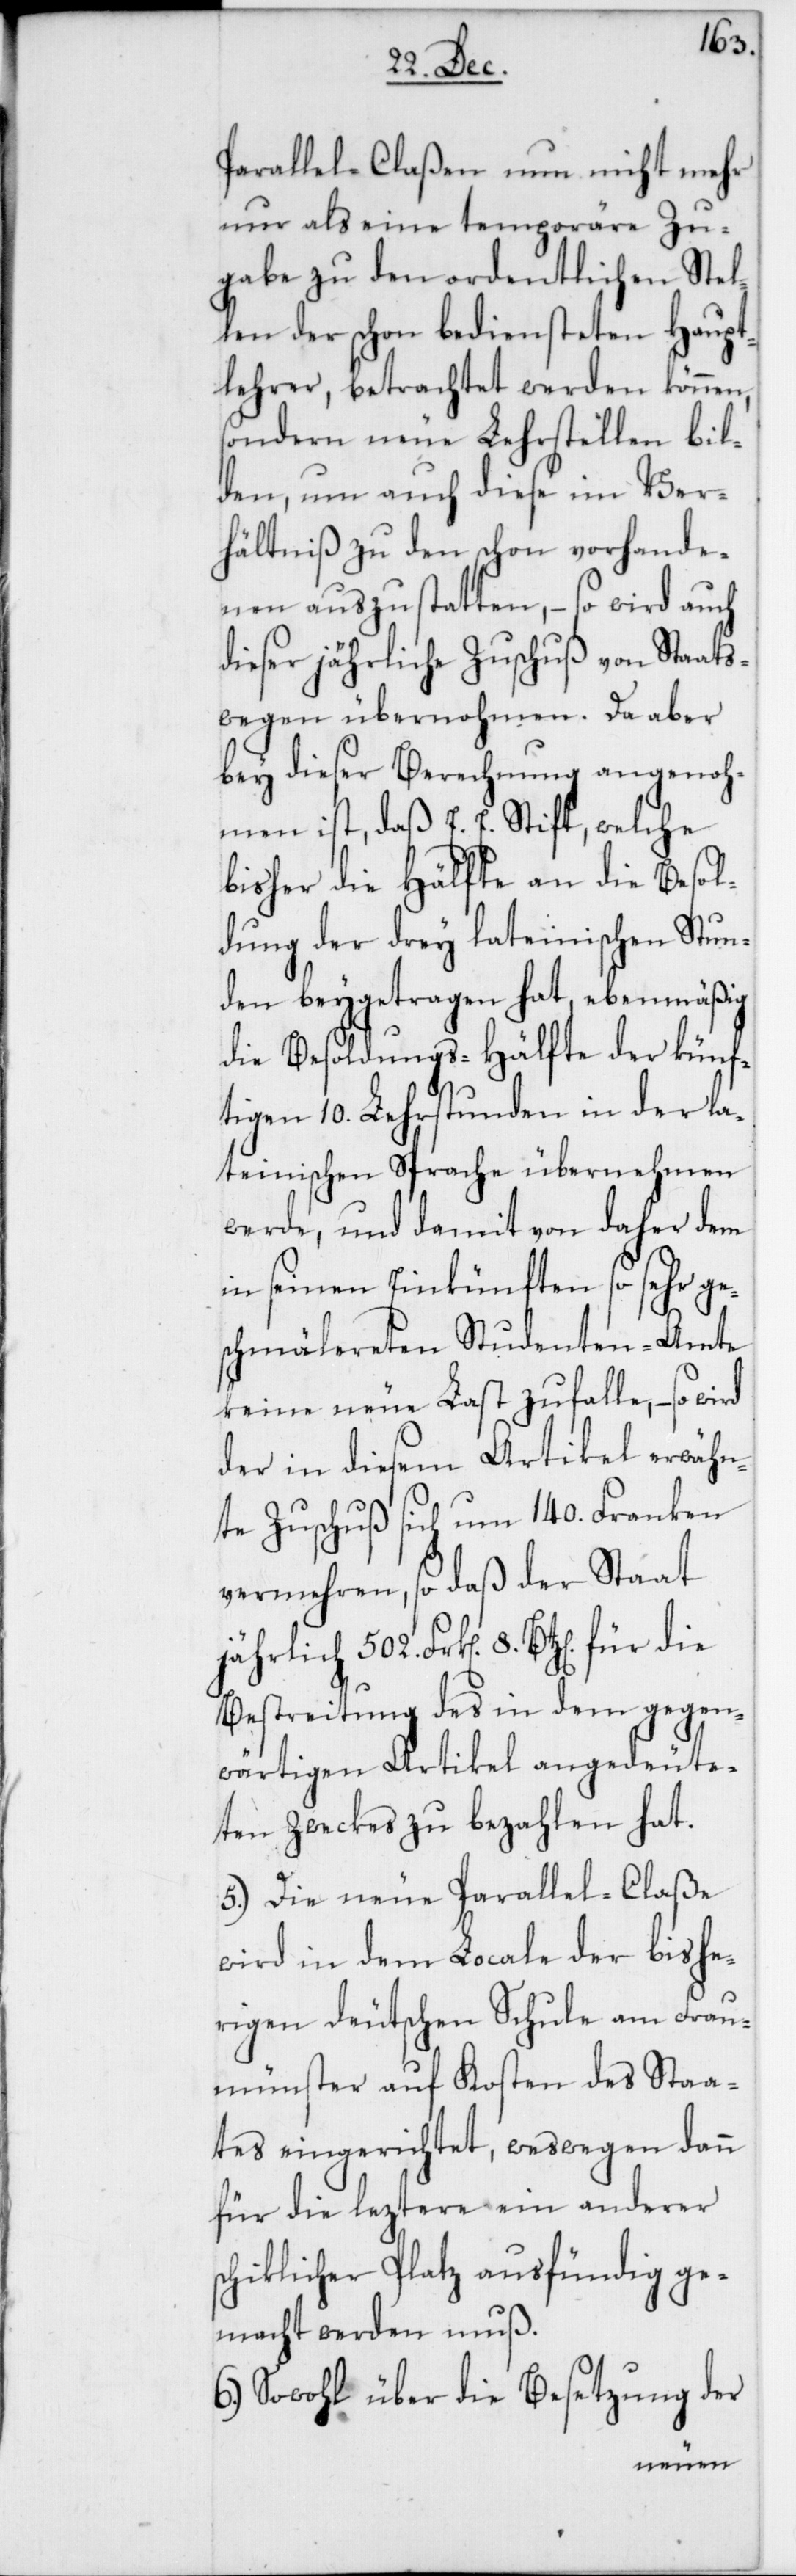
Parallel-Claßen nun nicht mehr
nur als eine temporäre Zu¬
gabe zu den ordentlichen Stel¬
len der schon bediensteten Haupt¬
lehrer, betrachtet werden können,
sondern neue Lehrstellen bil¬
den, um auch diese im Ver¬
hältniß zu den schon vorhande¬
nen auszustatten, – so wird auch
dieser jährliche Zuschuß von Staats¬
wegen übernohmen. Da aber
bey dieser Berechnung angenoh¬
men ist, daß E. E. Stift, welche
bisher die Hälfte an die Besol¬
dung der drey lateinischen Stun¬
den beygetragen hat, ebenmäßig
die Besoldungs-Hälfte der künf¬
tigen 10. Lehrstunden in der la¬
teinischen Sprache übernehmen
werde, und damit von daher dem
in seinen Einkünften so sehr ge¬
schmälereten Studenten-Amte
keine neue Last zufalle, – so
der in diesem Artikel erwähn¬
te Zuschuß sich um 140. Franken
vermehren, so daß der Staat
jährlich 502. Frk[en]. 8. Btz[en].
Bestreitung des in dem gegen¬
wärtigen Artikel angedeute¬
ten Zweckes zu bezahlen hat.
5.) Die neue Parallel-Claße
wird in dem Locale der bishe¬
rigen deutschen Schule am Frau¬
münster auf Kosten des Staa¬
tes eingerichtet, weswegen dann
für die leztere ein anderer
schiklicher Platz ausfündig ge¬
macht werden muß.
6.) Sowohl über die Besetzung der